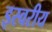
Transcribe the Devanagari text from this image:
इस्वरीय